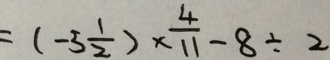
= ( - 5 \frac { 1 } { 2 } ) \times \frac { 4 } { 1 1 } - 8 \div 2